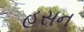
હસન